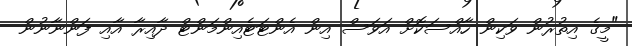
"މީގެ އިތުރުން ވަކިން ހާއްސަކޮށް އަވަސް އިން އެންޓަޓެއިންމަންޓް ދާއިރާ އާއި ފަންނާނުން